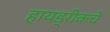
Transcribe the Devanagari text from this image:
हायड्रीकचे